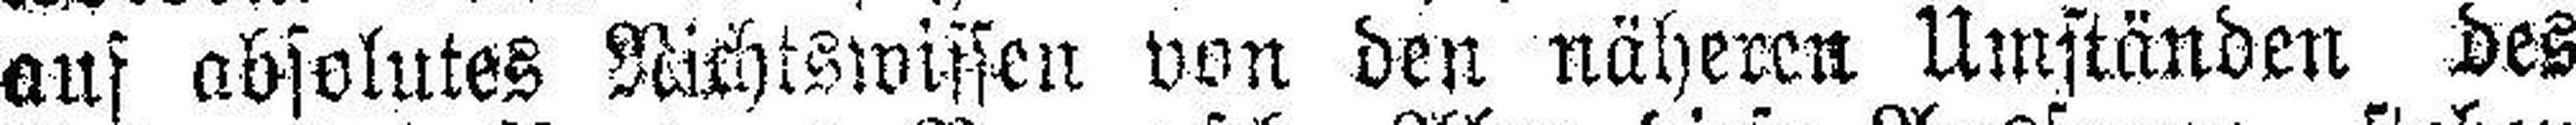
auf absolutes Nichtswissen von den näheren Umständen des